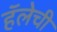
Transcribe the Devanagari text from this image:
हॅलेची